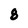
Character: 8